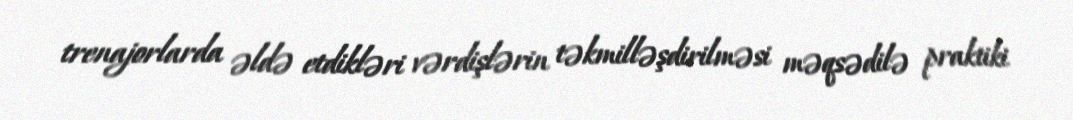
trenajorlarda əldə etdikləri vərdişlərin təkmilləşdirilməsi məqsədilə praktiki